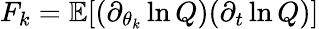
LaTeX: F_{k}=\mathbb{E}[(\partial_{\theta_{k}}\ln Q)(\partial_{t}\ln Q)]